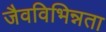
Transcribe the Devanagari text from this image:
जैवविभिन्नता